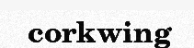
corkwing